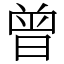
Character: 曾